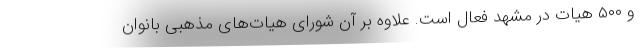
و ۵۰۰ هیات در مشهد فعال است. علاوه بر آن شورای هیات‌های مذهبی بانوان